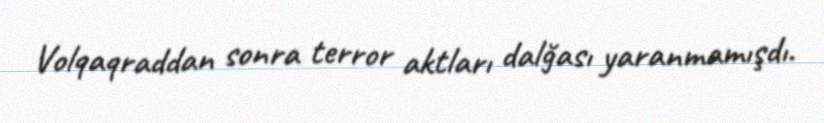
Volqaqraddan sonra terror aktları dalğası yaranmamışdı.